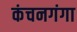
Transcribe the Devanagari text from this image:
कंचनगंगा